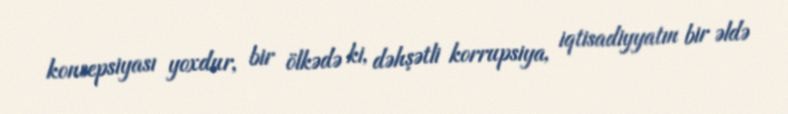
konsepsiyası yoxdur, bir ölkədə ki, dəhşətli korrupsiya, iqtisadiyyatın bir əldə